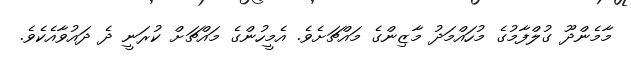
މާމެންދޫ ގުލްފާމުގެ މުހައްމަދު މާޒިންގެ މައްޗަށެވެ. އެމީހުންގެ މައްޗަށް ކުރަނީ ދެ ދައުވާއެކެވެ.